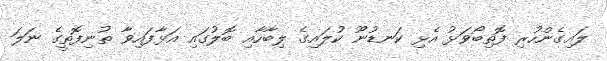
ލައިގެންހުރި ފޮތިބޯވަޅު އެޅި ކަނޑުނޫ ކުލައިގެ ލިބާހާއި ބޮލުގައި އަޅާފައިވާ ތުނިފޮތީގެ ނަލަ